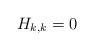
LaTeX: \begin{align*} H_{k,k} = 0 \end{align*}